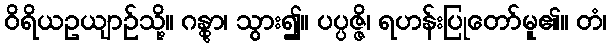
ဝိရိယဥယျာဉ်သို့။ ဂန္တွာ၊ သွား၍။ ပပ္ပဇ္ဇိ၊ ရဟန်းပြုတော်မူ၏။ တံ၊